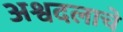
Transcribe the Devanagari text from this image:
अश्वदलाचे